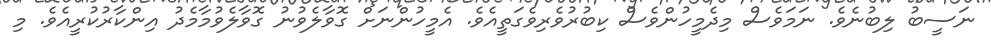
ނަސީބު ލިބުނެވެ. ނަމަވެސް މިދެމީހުންވެސް ކިބުރުވެރިވެގަތީއެވެ. އެމީހުންނަށް ގޮވާލެވުނު ގޮވާލެވުމާމެދު އިންކާރުކުރީއެވެ. މި